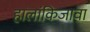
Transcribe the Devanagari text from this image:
हालांकिजावा